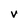
Character: V